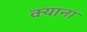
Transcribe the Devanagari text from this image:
क्याना